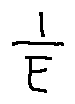
\frac { l } { E }